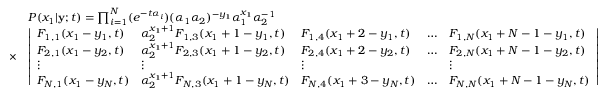
\begin{array} { r l } & { P ( x _ { 1 } | \mathbf { y } ; t ) = \prod _ { i = 1 } ^ { N } ( e ^ { - t \alpha _ { i } } ) ( \alpha _ { 1 } \alpha _ { 2 } ) ^ { - y _ { 1 } } \alpha _ { 1 } ^ { x _ { 1 } } \alpha _ { 2 } ^ { - 1 } } \\ { \times } & { \left| \begin{array} { l l l l l } { F _ { 1 , 1 } ( x _ { 1 } - y _ { 1 } , t ) } & { \alpha _ { 2 } ^ { x _ { 1 } + 1 } F _ { 1 , 3 } ( x _ { 1 } + 1 - y _ { 1 } , t ) } & { F _ { 1 , 4 } ( x _ { 1 } + 2 - y _ { 1 } , t ) } & { \ldots } & { F _ { 1 , N } ( x _ { 1 } + N - 1 - y _ { 1 } , t ) } \\ { F _ { 2 , 1 } ( x _ { 1 } - y _ { 2 } , t ) } & { \alpha _ { 2 } ^ { x _ { 1 } + 1 } F _ { 2 , 3 } ( x _ { 1 } + 1 - y _ { 2 } , t ) } & { F _ { 2 , 4 } ( x _ { 1 } + 2 - y _ { 2 } , t ) } & { \ldots } & { F _ { 2 , N } ( x _ { 1 } + N - 1 - y _ { 2 } , t ) } \\ { \vdots } & { \vdots } & { \vdots } & & { \vdots } \\ { F _ { N , 1 } ( x _ { 1 } - y _ { N } , t ) } & { \alpha _ { 2 } ^ { x _ { 1 } + 1 } F _ { N , 3 } ( x _ { 1 } + 1 - y _ { N } , t ) } & { F _ { N , 4 } ( x _ { 1 } + 3 - y _ { N } , t ) } & { \ldots } & { F _ { N , N } ( x _ { 1 } + N - 1 - y _ { N } , t ) } \end{array} \right| } \end{array}